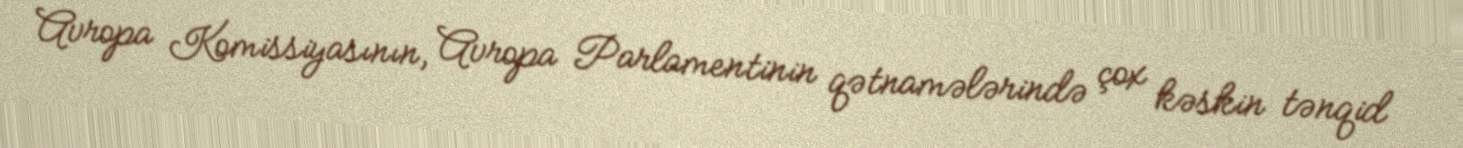
Avropa Komissiyasının, Avropa Parlamentinin qətnamələrində çox kəskin tənqid